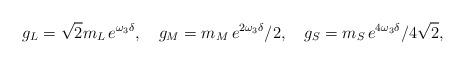
LaTeX: \begin{align*}g_L=\sqrt2m_L\,e^{\omega_3\delta},\quad g_M= {m_M}\,e^{2\omega_3\delta}/2,\quad g_S= {m_S}\,e^{4\omega_3\delta}/4\sqrt2, \end{align*}